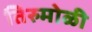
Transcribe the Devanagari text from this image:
तिरुमोळी